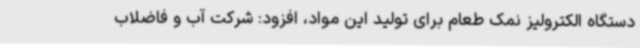
دستگاه الکترولیز نمک طعام برای تولید این مواد، افزود: شرکت آب و فاضلاب